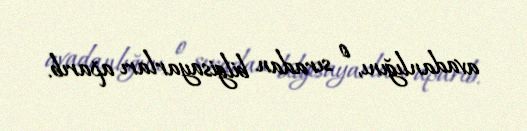
avadanlığını, o sıradan bilgisayarları aparıb.